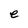
Character: e